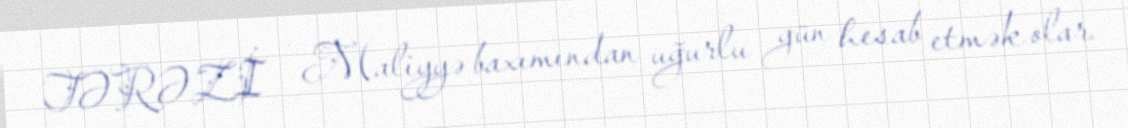
TƏRƏZİ – Maliyyə baxımından uğurlu gün hesab etmək olar.